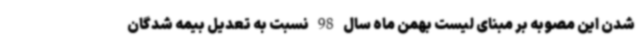
شدن این مصوبه بر مبنای لیست بهمن ماه سال 98 نسبت به تعدیل بیمه شدگان